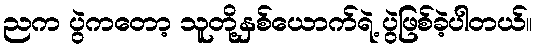
ညက ပွဲကတော့ သူတို့နှစ်ယောက်ရဲ့ ပွဲဖြစ်ခဲ့ပါတယ်။